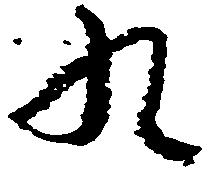
九